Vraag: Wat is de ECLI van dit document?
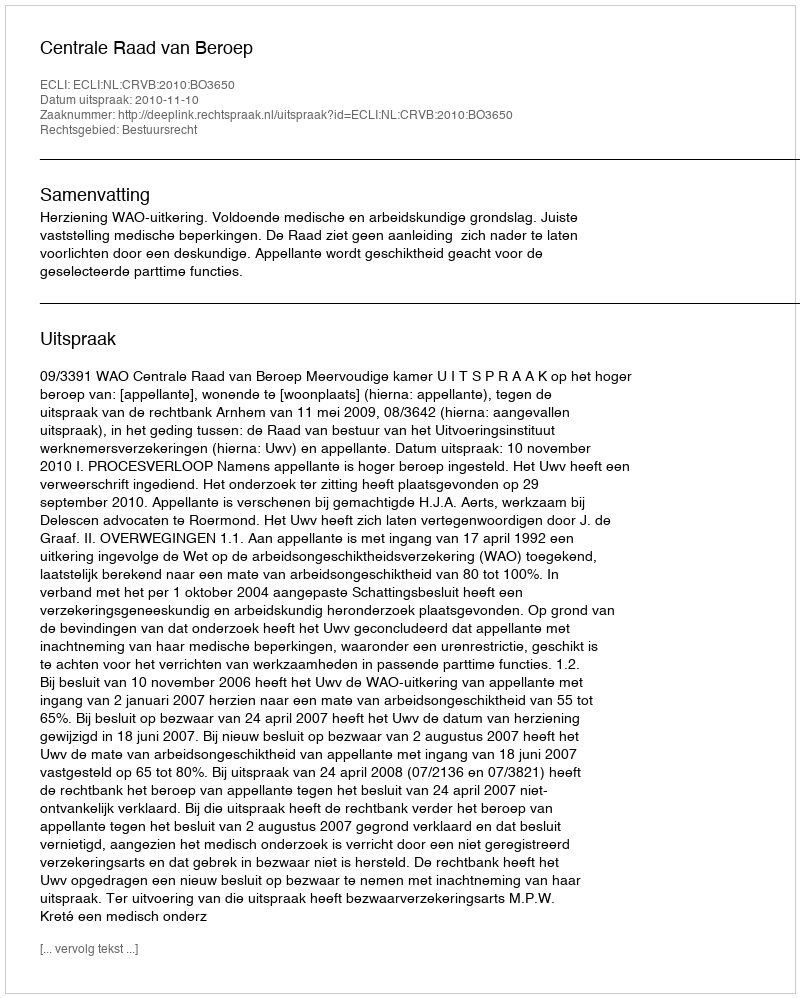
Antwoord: ECLI:NL:CRVB:2010:BO3650